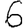
Digit: 6